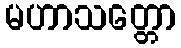
မဟာသတ္တော